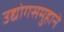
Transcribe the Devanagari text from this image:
उद्योगसमुहाने